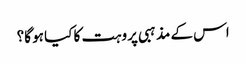
اس کے مذہبی پروہت کا کیا ہو گا؟